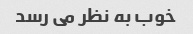
خوب به نظر می رسد